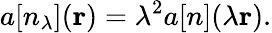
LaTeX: a[n_{\lambda}](\mathbf{r})=\lambda^{2}a[n](\lambda\mathbf{r}).